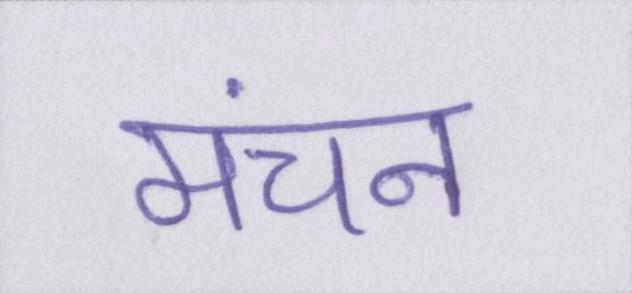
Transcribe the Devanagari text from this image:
मंचन